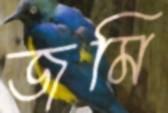
জমি